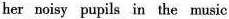
her noisy pupils in the music